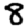
Digit: 8